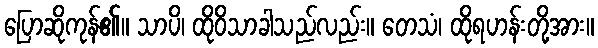
ပြောဆိုကုန်၏။ သာပိ၊ ထိုဝိသာခါသည်လည်း။ တေသံ၊ ထိုရဟန်းတို့အား။